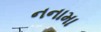
નનામા